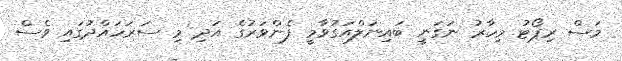
މަސް ރިޕޯޓު މިހާރު ނަގަނީ ބައިނަލްއަގުވާމީ ފެންވަރުގެ އަދި މި ސަރަހައްދުގައި ވެސް